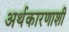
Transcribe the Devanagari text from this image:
अर्थकारणाशी